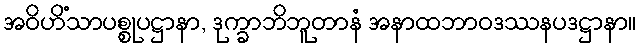
အဝိဟိံသာပစ္စုပဋ္ဌာနာ, ဒုက္ခာဘိဘူတာနံ အနာထဘာဝဒဿနပဒဋ္ဌာနာ။